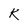
Character: k